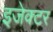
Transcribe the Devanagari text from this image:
इजेक्टर